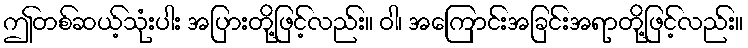
ဤတစ်ဆယ့်သုံးပါး အပြားတို့ဖြင့်လည်း။ ဝါ၊ အကြောင်းအခြင်းအရာတို့ဖြင့်လည်း။